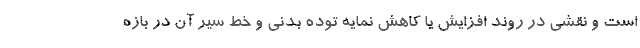
است و نقشی در روند افزایش یا کاهش نمایه توده بدنی و خط سیر آن در بازه